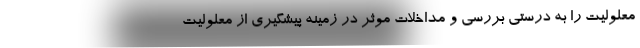
معلولیت را به درستی بررسی و مداخلات موثر در زمینه پیشگیری از معلولیت